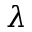
\lambda